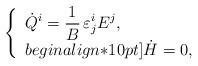
LaTeX: \begin{align*}\begin{array}{ccc}\left\{\begin{array}{l}\displaystyle\dot{Q}^i=\frac{1}{B}\,\varepsilon^i_jE^j,\\begin{align*}10pt]\dot{H}=0,\end{array}\right.\end{array}\end{align*}